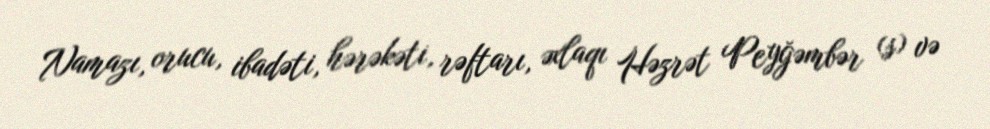
Namazı, orucu, ibadəti, hərəkəti, rəftarı, əxlaqı Həzrət Peyğəmbər (s) və